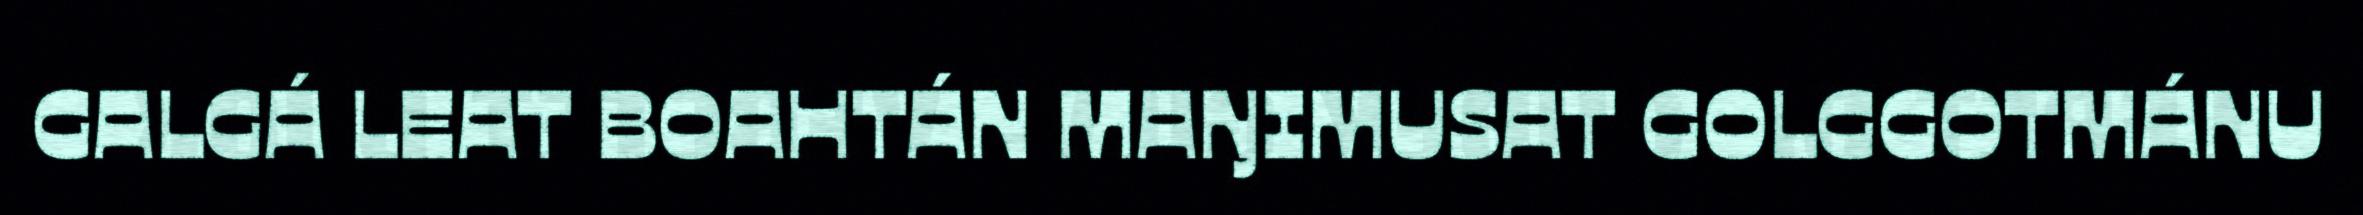
GALGÁ LEAT BOAHTÁN MAŊIMUSAT GOLGGOTMÁNU